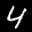
Label: 4